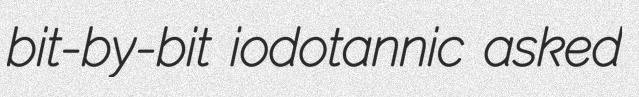
bit-by-bit iodotannic asked